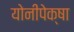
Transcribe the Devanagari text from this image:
योनीपेक्षा